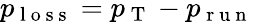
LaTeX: p_{\mathrm{~l~o~s~s~}}=p_{\mathrm{~T~}}-p_{\mathrm{~r~u~n~}}